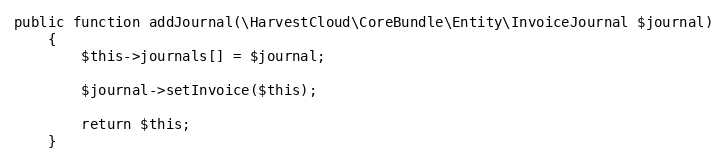
Language: PHP
public function addJournal(\HarvestCloud\CoreBundle\Entity\InvoiceJournal $journal)
    {
        $this->journals[] = $journal;

        $journal->setInvoice($this);

        return $this;
    }